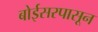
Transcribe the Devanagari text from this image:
बोईसरपासून